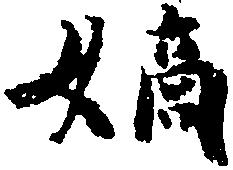
嫡